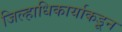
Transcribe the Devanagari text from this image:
जिल्हाधिकार्याकडून